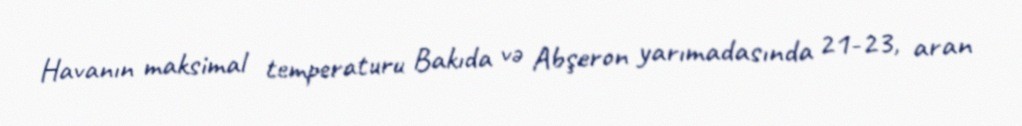
Havanın maksimal temperaturu Bakıda və Abşeron yarımadasında 21-23, aran